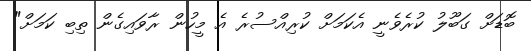
ބޮޑަށް ގަބޫލު ކުރެވެނީ އެކަމަށް ކުރިއްސުރެ އެ މީހުން ރާވައިގެން ތިބި ކަމަށް"